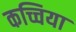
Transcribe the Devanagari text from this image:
कच्चिया